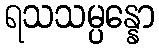
ရသသမ္ပန္နော